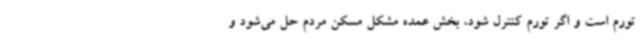
تورم است و اگر تورم کنترل شود، بخش عمده مشکل مسکن مردم حل می‌شود و